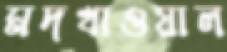
মদখাওয়াল